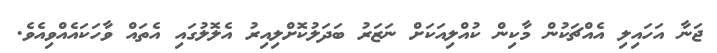
ޖަނާ އަހައިލި އެއްޗަކުން މާކިން ކުއްލިއަކަށް ނަޒަރު ބަދަލުކޮށްލިއިރު އެލޮލުގައި އެތައް ވާހަކައެއްވިއެވެ.